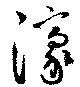
濠